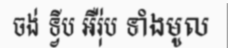
ចង់ ទ្វីប អឺរ៉ុប ទាំងមូល